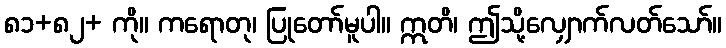
၈၁+၈၂+ ကို။ ကရောတု၊ ပြုတော်မူပါ။ ဣတိ၊ ဤသို့လျှောက်လတ်သော်။